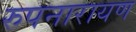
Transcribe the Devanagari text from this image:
रुपनारायण